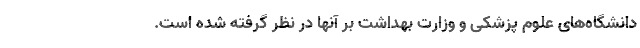
دانشگاه‌های علوم پزشکی و وزارت بهداشت بر آنها در نظر گرفته شده است.